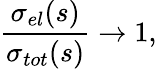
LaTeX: \frac{\sigma_{el}(s)}{\sigma_{tot}(s)}\rightarrow 1,